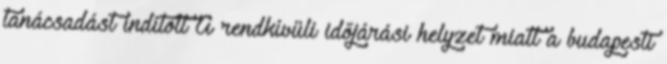
tanácsadást indított A rendkívüli időjárási helyzet miatt a budapesti